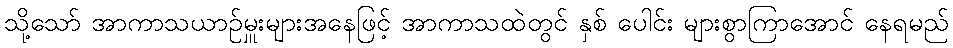
သို့သော် အာကာသယာဉ်မှူးများအနေဖြင့် အာကာသထဲတွင် နှစ် ပေါင်း များစွာကြာအောင် နေရမည်